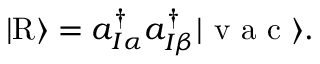
\vert \mathrm { R } \rangle = { a } _ { I \alpha } ^ { \dagger } { a } _ { I \beta } ^ { \dagger } \vert \mathrm { ~ v ~ a ~ c ~ } \rangle .